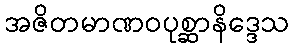
အဇိတမာဏဝပုစ္ဆာနိဒ္ဒေသ